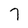
Character: 7